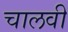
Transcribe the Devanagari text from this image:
चालवी